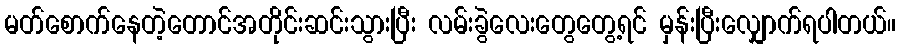
မတ်စောက်နေတဲ့တောင်အတိုင်းဆင်းသွားပြီး လမ်းခွဲလေးတွေတွေ့ရင် မှန်းပြီးလျှောက်ရပါတယ်။